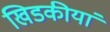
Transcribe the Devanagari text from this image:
खिडकीयां